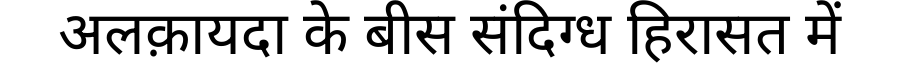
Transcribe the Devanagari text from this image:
अलक़ायदा के बीस संदिग्ध हिरासत में